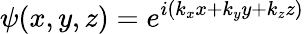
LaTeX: \psi(x,y,z)=e^{i(k_{x}x+k_{y}y+k_{z}z)}